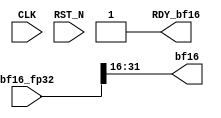
//
// Generated by Bluespec Compiler, version 2021.12.1 (build fd501401)
//
// On Sun Dec 10 11:21:14 IST 2023
//
//
// Ports:
// Name                         I/O  size props
// bf16                           O    16
// RDY_bf16                       O     1 const
// CLK                            I     1 unused
// RST_N                          I     1 unused
// bf16_fp32                      I    32
//
// Combinational paths from inputs to outputs:
//   bf16_fp32 -> bf16
//
//

`ifdef BSV_ASSIGNMENT_DELAY
`else
  `define BSV_ASSIGNMENT_DELAY
`endif

`ifdef BSV_POSITIVE_RESET
  `define BSV_RESET_VALUE 1'b1
  `define BSV_RESET_EDGE posedge
`else
  `define BSV_RESET_VALUE 1'b0
  `define BSV_RESET_EDGE negedge
`endif

module mkFP32toBF16(CLK,
		    RST_N,

		    bf16_fp32,
		    bf16,
		    RDY_bf16);
  input  CLK;
  input  RST_N;

  // value method bf16
  input  [31 : 0] bf16_fp32;
  output [15 : 0] bf16;
  output RDY_bf16;

  // signals for module outputs
  wire [15 : 0] bf16;
  wire RDY_bf16;

  // value method bf16
  assign bf16 = bf16_fp32[31:16] ;
  assign RDY_bf16 = 1'd1 ;
endmodule  // mkFP32toBF16